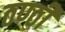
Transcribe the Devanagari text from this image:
ठण्ठी